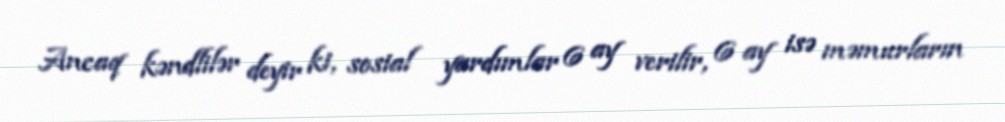
Ancaq kəndlilər deyir ki, sosial yardımlar 6 ay verilir, 6 ay isə məmurların